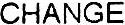
CHANGE